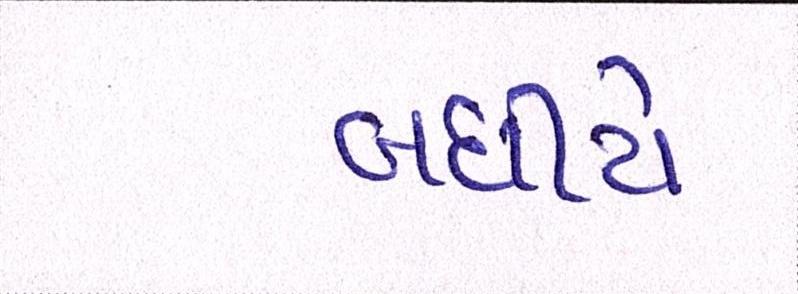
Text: બધીયે